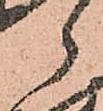
郎